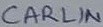
Text: CARLIN